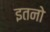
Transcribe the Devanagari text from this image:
इतनो